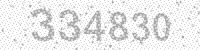
Solution: 334830